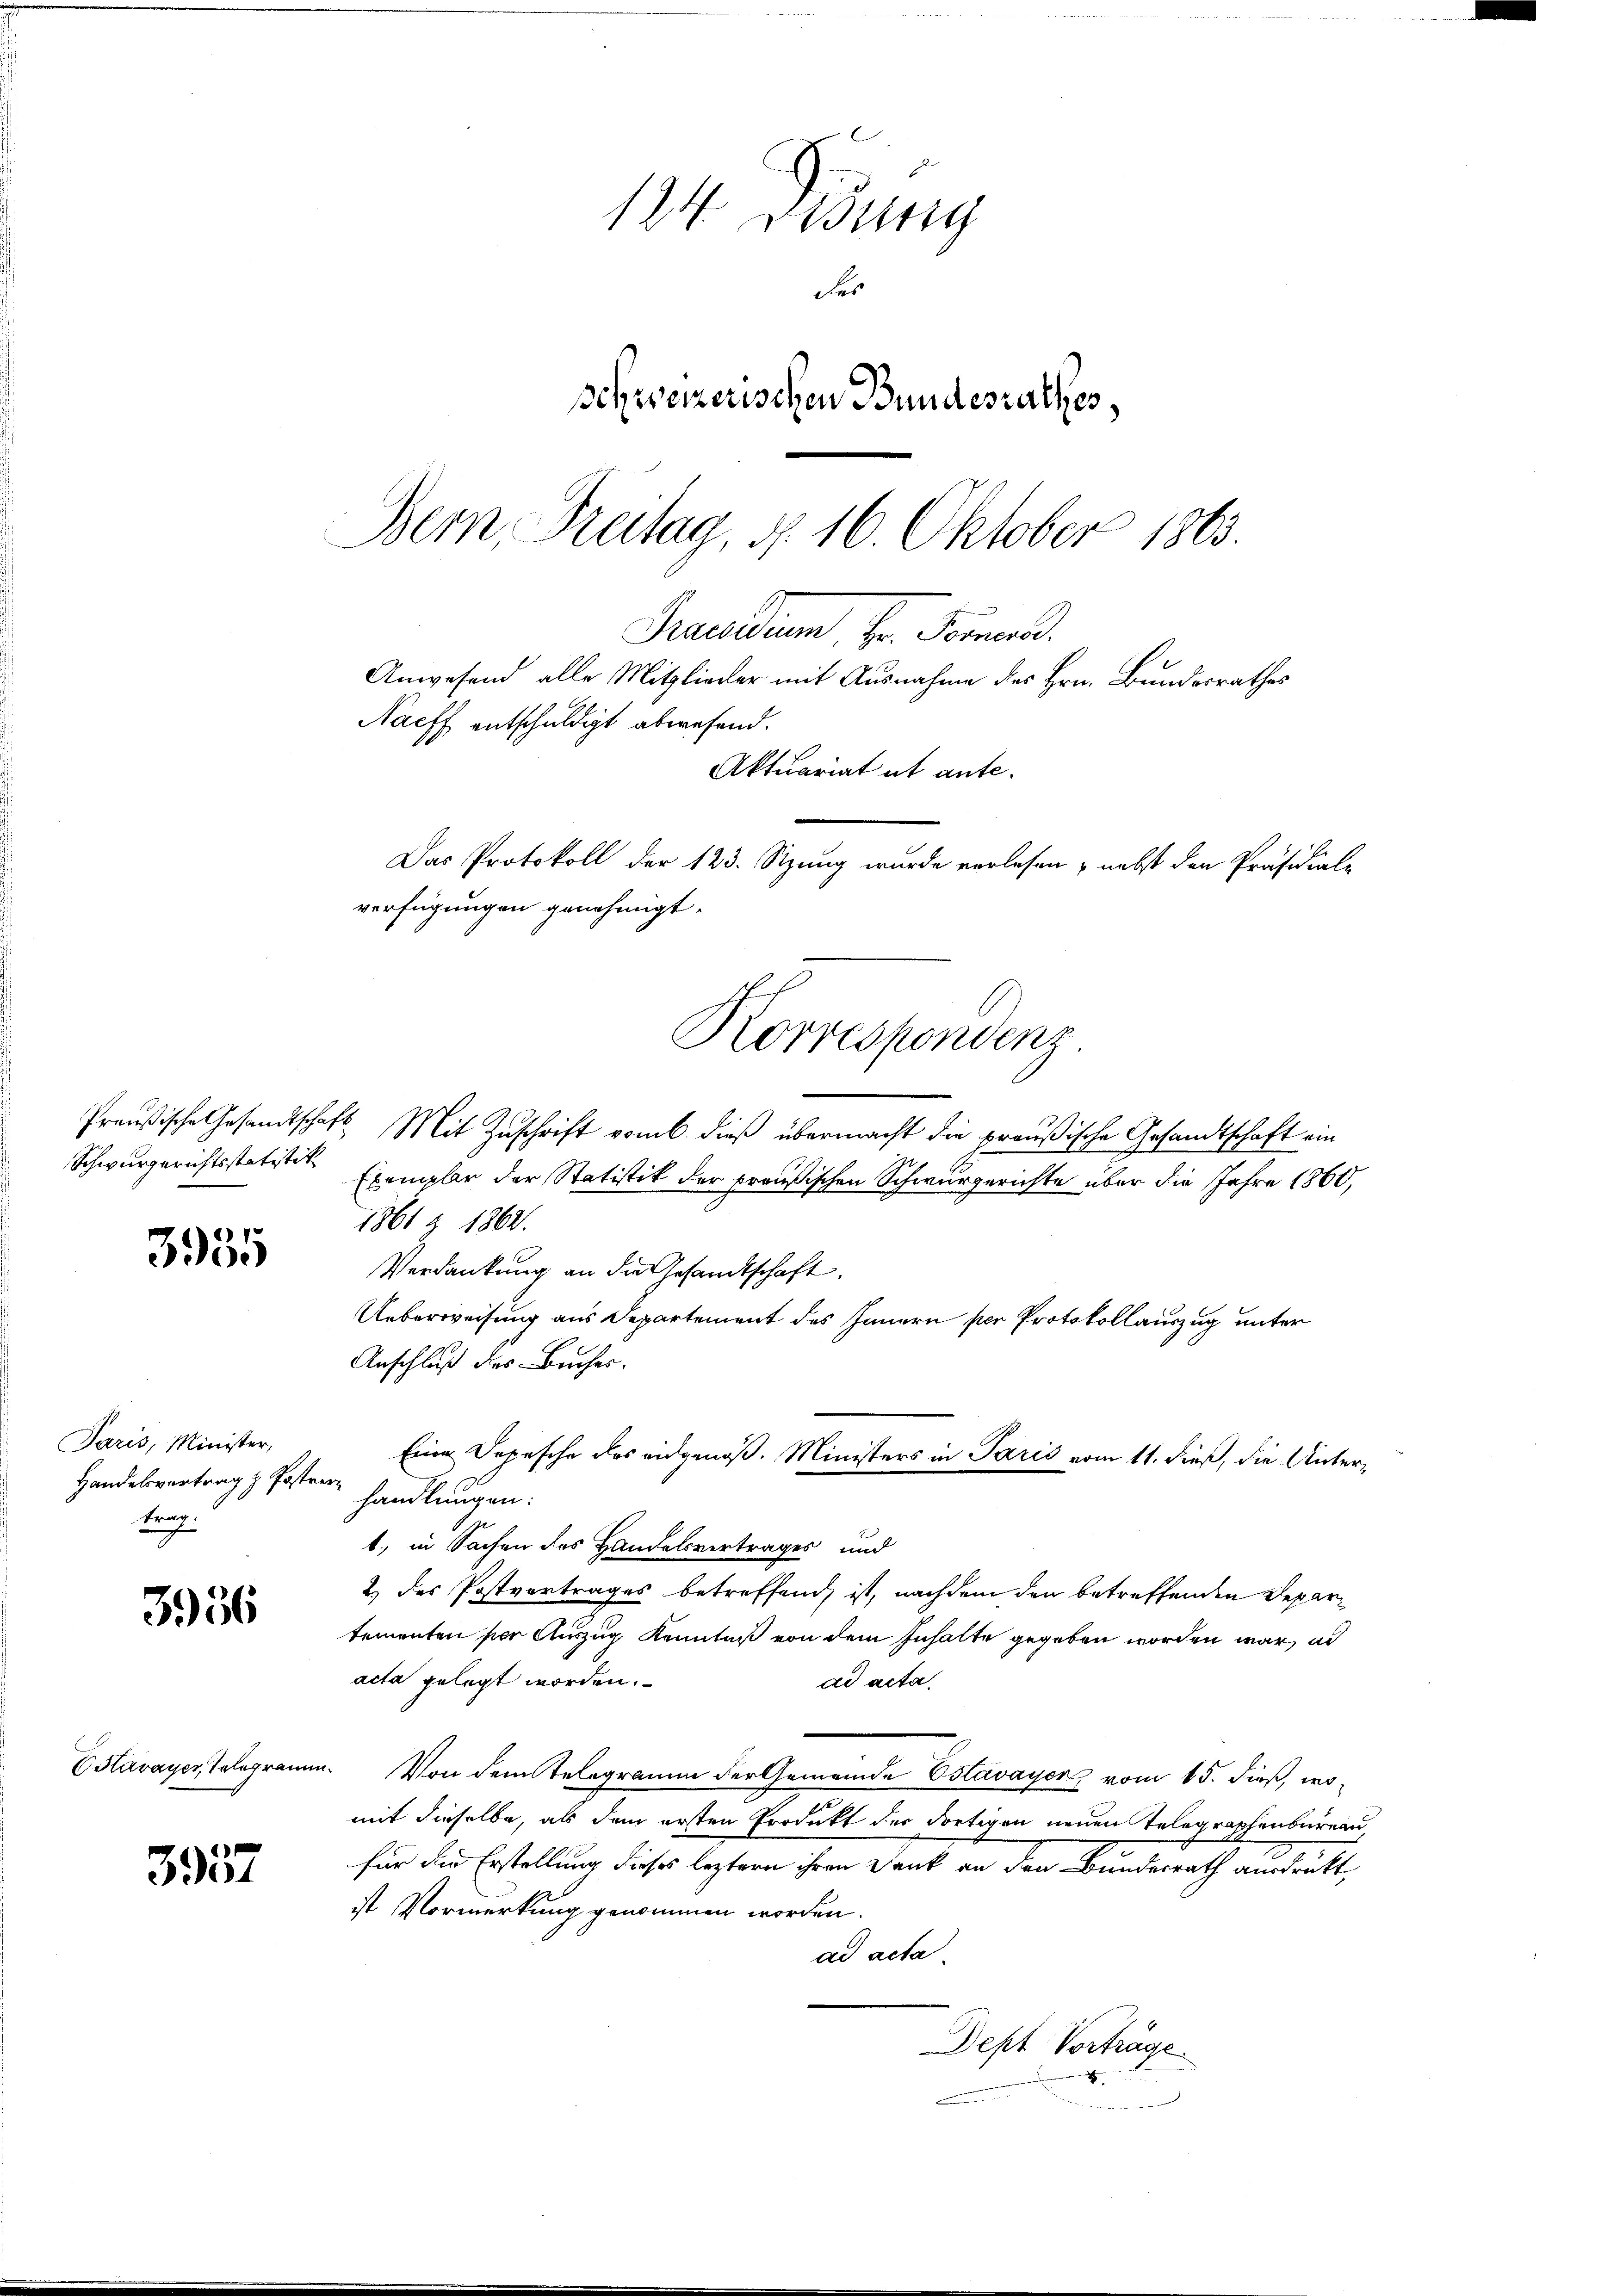
Schwurgerichtsstatistik

3955

Paris, Minister,
Handelsvertrag z. Postver
trag.

3956

3357

124. Disung
Ser
schweizerischen Bundesrathes,
Bern Breitag, d. 16. Oktober 1863.

Anwesend alle Mitglieder mit Ausnahme des Hrn. Bundesrathes
Nacff entschuldigt abwesend.
Aktuariat ut ante.
Das Protokoll der 123. Stzung wurde verlesen nebst den Präsidial-
verfügungen genehmigt.
Korrespondenz

Preußische Gesandtschaft Mit Zuschrift vom 6. dieß übermacht die preußische Gesandtschaft ein
Exemplar der Statistik der preußischen Schwurgerichte über die Jahre 1860,
1861 § 1862.
Verdankung an die Gesandtschaft.
Ueberweisung aus Departement des Innern per Protokollauszug unter
Anschluß des Buches.
handlungen:
1., in Sachen des Handelsvertrages und
2) des Postvertrages betreffend ist, nachdem den betreffenden Departementen per Auszug Kenntnß von dem Inhalte gegeben worden war, al
acta gelegt worden.
ad acta.
Estavayer Telegramm. Von dem Telegramm der Gemeinde Estavayer vom 15. dieß, womit dieselbe, als dem ersten Produkt der dortigen neuen Telegraphenbureau,
für die Erstellung dieses leztern ihren Dank an den Bundesrath ausdrükt,
ist Vormerkung genommen worden.
ad acta
Dept Vorträge
x

Praesidium, Hr. Fernen.

Eine Depesche des eidgenoß. Ministers in Paris vom 11. dieß, die Unter¬